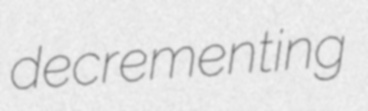
decrementing